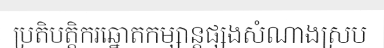
ប្រតិបត្តិករឆ្នោតកម្សាន្តផ្សងសំណាងស្រប